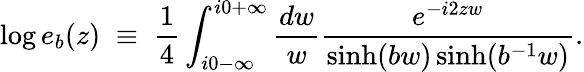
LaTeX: \log e_{b}(z)\; \equiv\; \frac{1}{4}\int_{i0-\infty}^{i0+\infty}\frac{dw}{w}\frac{e^{-i2zw}}{\sinh(bw)\sinh(b^{-1}w)}.